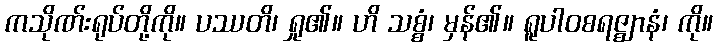
ကသိုဏ်းရုပ်တို့ကို။ ပဿတိ၊ ရှု၏။ ဟိ သစ္စံ၊ မှန်၏။ ရူပါဝစရဇ္ဈာနံ၊ ကို။